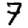
Digit: 7